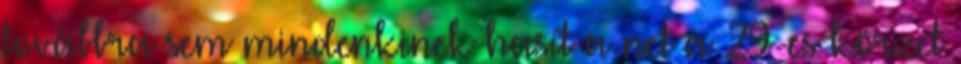
továbbra sem mindenkinek hasít a net a 29-es körzet